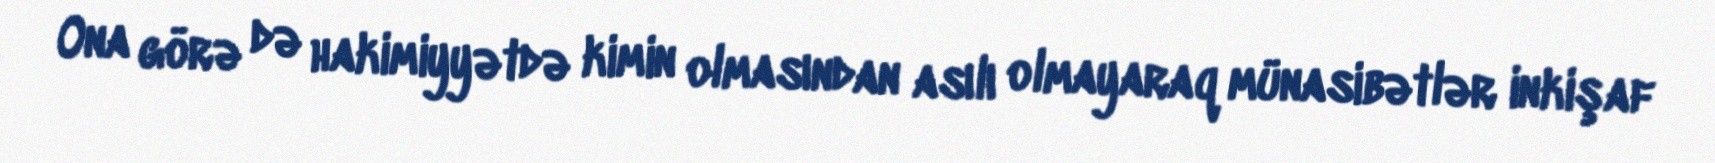
Ona görə də hakimiyyətdə kimin olmasından asılı olmayaraq münasibətlər inkişaf